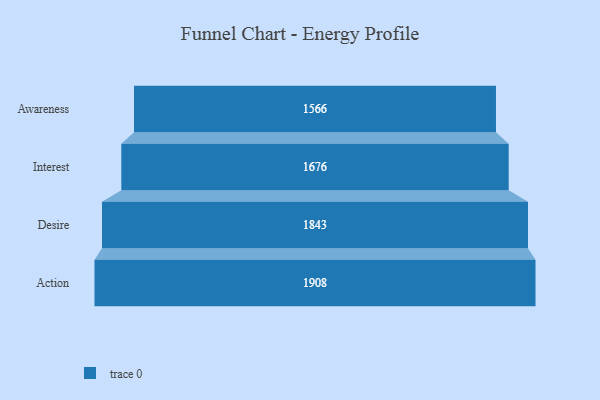
{"axis": {"x": "Stage", "y": "Value"}, "legend": [""], "data": [{"x": "Awareness", "y": 1566.0, "type": ""}, {"x": "Interest", "y": 1676.0, "type": ""}, {"x": "Desire", "y": 1843.0, "type": ""}, {"x": "Action", "y": 1908.0, "type": ""}]}